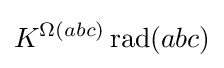
K^{\Omega (abc)}\operatorname {rad} (abc)